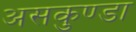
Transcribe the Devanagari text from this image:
असकुण्डा